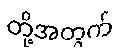
တို့အတွက်